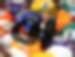
বা